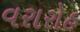
વરારોહ